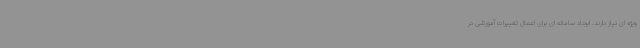
ویژه ای نیاز دارند. ایجاد سامانه ای برای اعمال تغییرات آموزشی در